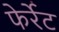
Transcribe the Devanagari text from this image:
फेर्रेट